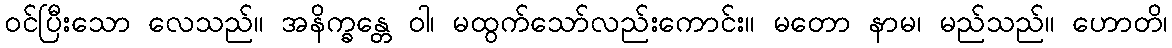
ဝင်ပြီးသော လေသည်။ အနိက္ခန္တေ ဝါ၊ မထွက်သော်လည်းကောင်း။ မတော နာမ၊ မည်သည်။ ဟောတိ၊